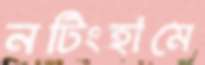
নটিংহামে